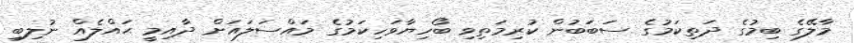
މާލޭގެ ބިމުގެ ދަތިކަމުގެ ސަބަބުން ކުރިމަތިވި ބޯހިޔާވަހިކަމުގެ މައްސަލައަށް ދާއިމީ ޙައްލެއް ނުލިބި